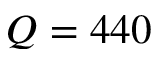
Q = 4 4 0